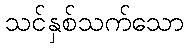
သင်နှစ်သက်သော